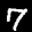
Label: 7